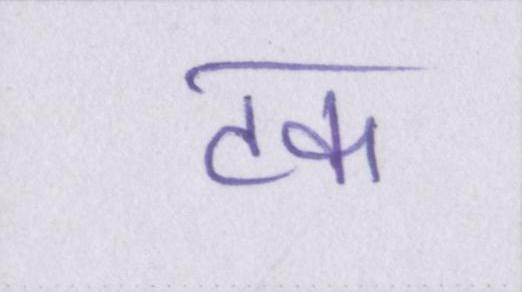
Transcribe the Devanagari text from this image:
टक